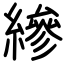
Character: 縿